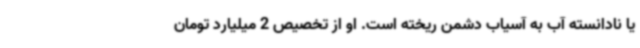
یا نادانسته آب به آسیاب دشمن ریخته است. او از تخصیص 2 میلیارد تومان